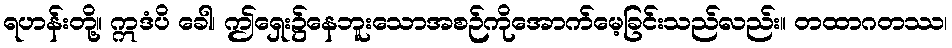
ရဟန်းတို့။ ဣဒံပိ ခေါ၊ ဤရှေး၌နေဘူးသောအစဉ်ကိုအောက်မေ့ခြင်းသည်လည်း။ တထာဂတဿ၊